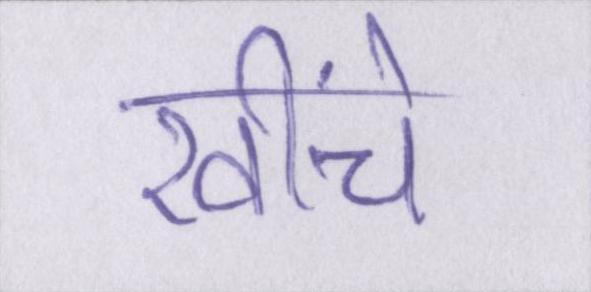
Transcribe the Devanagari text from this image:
खींचे